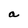
Character: a